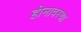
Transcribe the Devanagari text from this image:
हीनावस्था